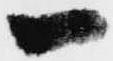
一